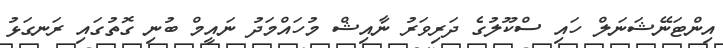
އިންޓަނޭޝަނަލް ހައި ސްކޫލުގެ ދަރިވަރު ނާއިޝް މުހައްމަދު ނައީމް ބުނި ގޮތުގައި ރަނގަޅު